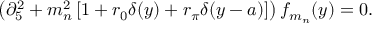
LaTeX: \left( \partial _ { 5 } ^ { 2 } + m _ { n } ^ { 2 } \left[ 1 + r _ { 0 } \delta ( y ) + r _ { \pi } \delta ( y - a ) \right] \right) f _ { m _ { n } } ( y ) = 0 .